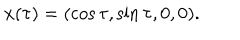
x ( \tau ) = ( \cos \tau , \sin \tau , 0 , 0 ) .